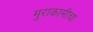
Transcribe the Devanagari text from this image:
मुराकामीचा